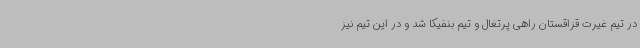
در تیم غیرت قزاقستان راهی پرتغال و تیم بنفیکا شد و در این تیم نیز